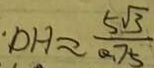
D H \approx \frac { 5 \sqrt { 3 } } { 0 . 7 5 }